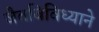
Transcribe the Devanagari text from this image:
जैवविविध्याने